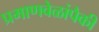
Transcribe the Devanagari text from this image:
प्रमाणवेळांपैकी